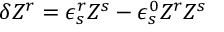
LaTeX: \delta Z ^ { r } = \epsilon _ { s } ^ { r } Z ^ { s } - \epsilon _ { s } ^ { 0 } Z ^ { r } Z ^ { s }